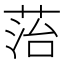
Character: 菭